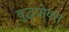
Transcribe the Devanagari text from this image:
बुद्धप्रोक्त